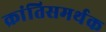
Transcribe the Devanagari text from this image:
क्रांतिसमर्थक